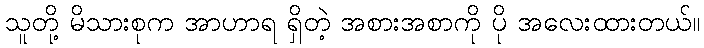
သူတို့ မိသားစုက အာဟာရ ရှိတဲ့ အစားအစာကို ပို အလေးထားတယ်။